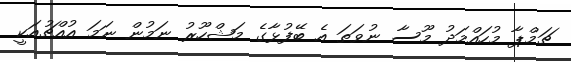
ޗަމްޕާ މުހައްމަދު މޫސާ ނުވަތަ އެ ބޭފުޅާގެ މަޝްހޫރު ނަމުން ނަމަ އުއްޗުއަކީ